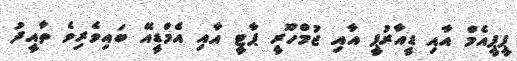
ޕީޕީއެމް އާއި ޑީއާރުޕީ އާއި ޖުމްހޫރީ ޕާޓީ އާއި އެމްޑީއޭ ބައިވެރިވެ ތާއީދު